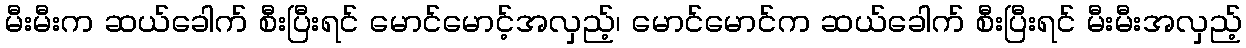
မီးမီးက ဆယ်ခေါက် စီးပြီးရင် မောင်မောင့်အလှည့်၊ မောင်မောင်က ဆယ်ခေါက် စီးပြီးရင် မီးမီးအလှည့်